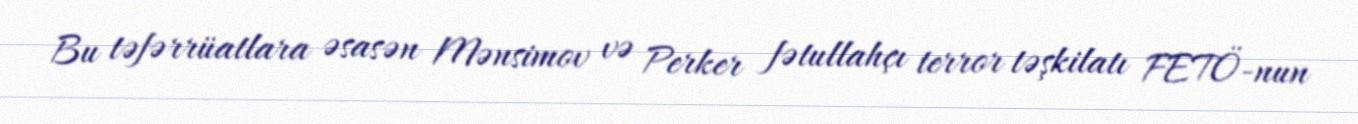
Bu təfərrüatlara əsasən Mənsimov və Perker fətullahçı terror təşkilatı FETÖ-nun